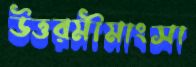
উত্তরমীমাংসা